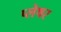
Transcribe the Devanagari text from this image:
प्लेषर